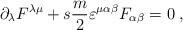
LaTeX: \begin{align*}\partial_{\lambda}F^{\lambda\mu}+s\frac{m}{2}\varepsilon^{\mu\alpha\beta}F_{\alpha\beta}=0\;,\end{align*}